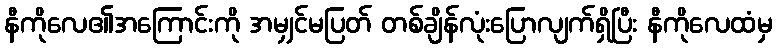
နီကိုလေ၏အကြောင်းကို အမျှင်မပြတ် တစ်ချိန်လုံးပြောလျက်ရှိပြီး နီကိုလေထံမှ